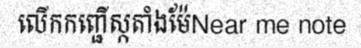
លើកកញ្ជើស្កតាំងម៉ែNear me note